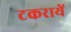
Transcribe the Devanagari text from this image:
टकरायें